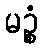
မဉ္စံ